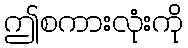
ဤစကားလုံးကို